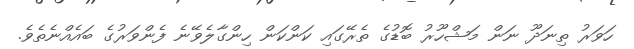
ހަވަރު ތިނަދޫ ނަން މަޝްހޫރު ބޮޑުގެ ތެރޭގައި ކަންކަން ހިންގާލެވޭނެ ފެންވަރުގެ ބަައެއްނެތެވެ.